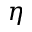
\eta